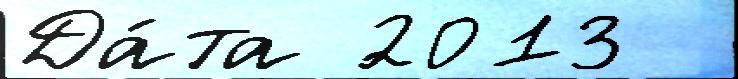
Да́та 2013